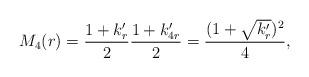
LaTeX: \begin{align*}M_4(r)=\frac{1+k'_r}{2}\frac{1+k'_{4r}}{2}=\frac{(1+\sqrt{k'_r})^2}{4},\end{align*}